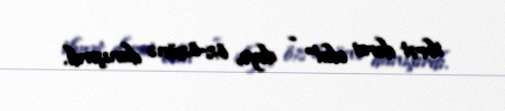
ibrət dərsi ola!” - deyə, öz-özünə danışırdı.